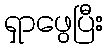
ရှာဖွေပြီး